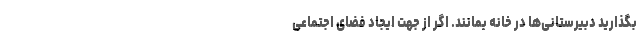
بگذارید دبیرستانی‌ها در خانه بمانند. اگر از جهت ایجاد فضای اجتماعی